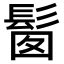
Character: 𩬼